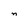
Character: n